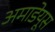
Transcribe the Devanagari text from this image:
अमाडेयूस